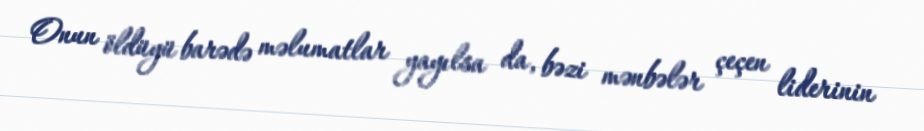
Onun öldüyü barədə məlumatlar yayılsa da, bəzi mənbələr çeçen liderinin